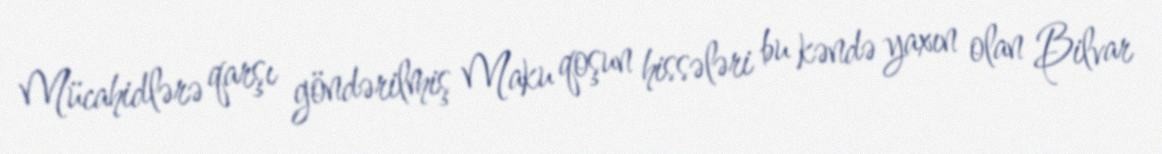
Mücahidlərə qarşı göndərilmiş Maku qoşun hissələri bu kəndə yaxın olan Bilvar